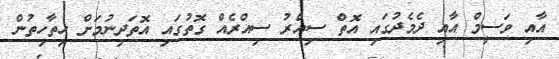
އާއި ވަސީމް އާއި ދެމެދުގައި އޮތް ސިއްރު ސިއްރެއް ގޮތުގައި އޮތަދިނުމަށް ހިތާހިތުން